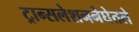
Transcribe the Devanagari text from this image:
ट्रान्सलेशननेघेतले